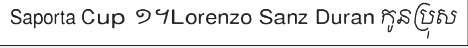
Saporta Cup ១។Lorenzo Sanz Duran កូនប្រុស